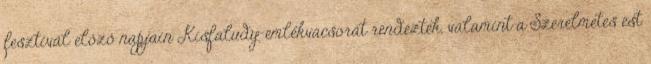
fesztivál előző napjain Kisfaludy-emlékvacsorát rendeztek, valamint a Szerelmetes est